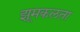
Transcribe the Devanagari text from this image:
झूमकलता